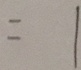
= 1